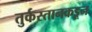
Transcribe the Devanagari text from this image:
तुर्कस्तानकडून